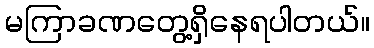
မကြာခဏတွေ့ရှိနေရပါတယ်။